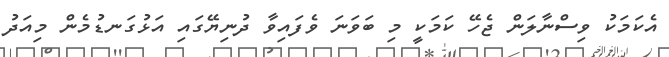
އެކަމަކު ވިސްނާލަން ޖެހޭ ކަމަކީ މި ބަވަނަ ވެފައިވާ ދުނިޔޭގައި އަޅުގަނޑުމެން މިއަދު